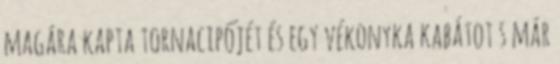
magára kapta tornacipőjét és egy vékonyka kabátot s már